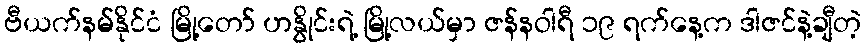
ဗီယက်နမ်နိုင်ငံ မြို့တော် ဟနွိုင်းရဲ့ မြို့လယ်မှာ ဇန်နဝါရီ ၁၉ ရက်နေ့က ဒါဇင်နဲ့ချီတဲ့